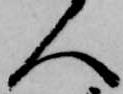
人